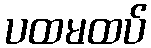
ပထမထပ်